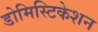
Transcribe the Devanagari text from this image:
डोमिस्टिकेशन